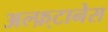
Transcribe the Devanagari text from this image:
अल्फ़्टानेस